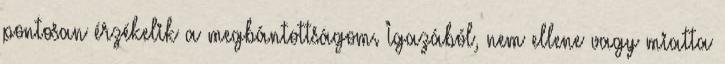
pontosan érzékelik a megbántottságom. Igazából, nem ellene vagy miatta